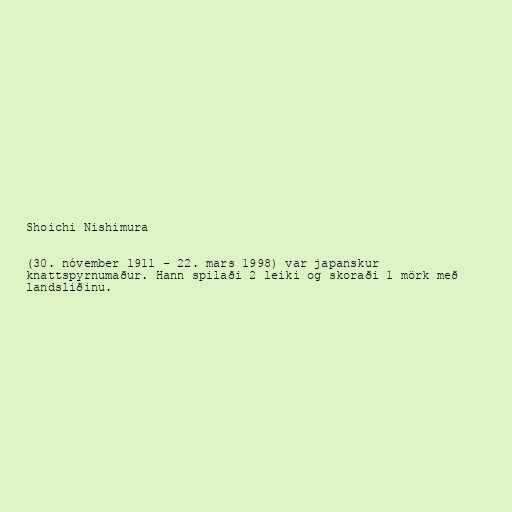
Shoichi Nishimura

(30. nóvember 1911 - 22. mars 1998) var japanskur
knattspyrnumaður. Hann spilaði 2 leiki og skoraði 1 mörk með
landsliðinu.